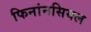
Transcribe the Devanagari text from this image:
फिनांनसियल